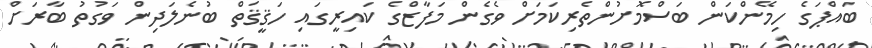
ބައްޕަގެ ހިމޭންކަން ބަސްމޮށުންތެރިކަމަށް ވެގެން މަފާޒްގެ ކައިރީގައި ހަޤީޤަތް ބުނެލަދިން ވަގުތު ބާރަށް